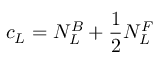
c _ { \small L } = N _ { L } ^ { B } + \frac { 1 } { 2 } N _ { L } ^ { F }